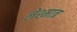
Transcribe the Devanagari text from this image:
लेश्मात्र